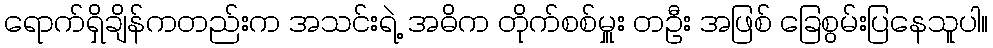
ရောက်ရှိချိန်ကတည်းက အသင်းရဲ့ အဓိက တိုက်စစ်မှူး တဦး အဖြစ် ခြေစွမ်းပြနေသူပါ။